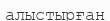
алыстырған